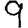
Digit: 9